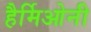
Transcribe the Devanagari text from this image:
हैर्मिओनी